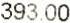
393.00